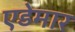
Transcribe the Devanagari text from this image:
एडेमार